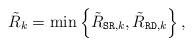
LaTeX: \begin{align*} \tilde{R}_{k} = \min \left\{ \tilde{R}_{{\tt SR},k}, \tilde{R}_{{\tt RD},k} \right\},\end{align*}